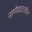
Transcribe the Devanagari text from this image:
नाणेघाटातील